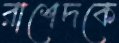
রাশেদকে